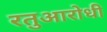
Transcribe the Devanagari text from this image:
रतुआरोधी